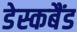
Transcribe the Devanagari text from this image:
डेस्कबैंड